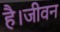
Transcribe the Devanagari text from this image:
है।जीवन